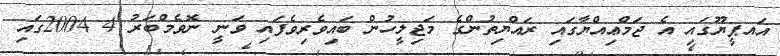
އައޕީޔޫގައި އެ ޖަމްޢިއްޔާގައި ރައްޔިތުންގެ މަޖިލީހުން ބައިވެރިވެފައި ވަނީ ނޮވެމްބަރު 4 2004ގައި